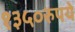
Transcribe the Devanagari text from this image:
१३५०रुपये